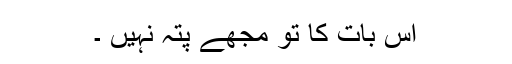
اس بات کا تو مجھے پتہ نہیں ۔